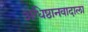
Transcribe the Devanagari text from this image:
अधिष्ठानवादाला